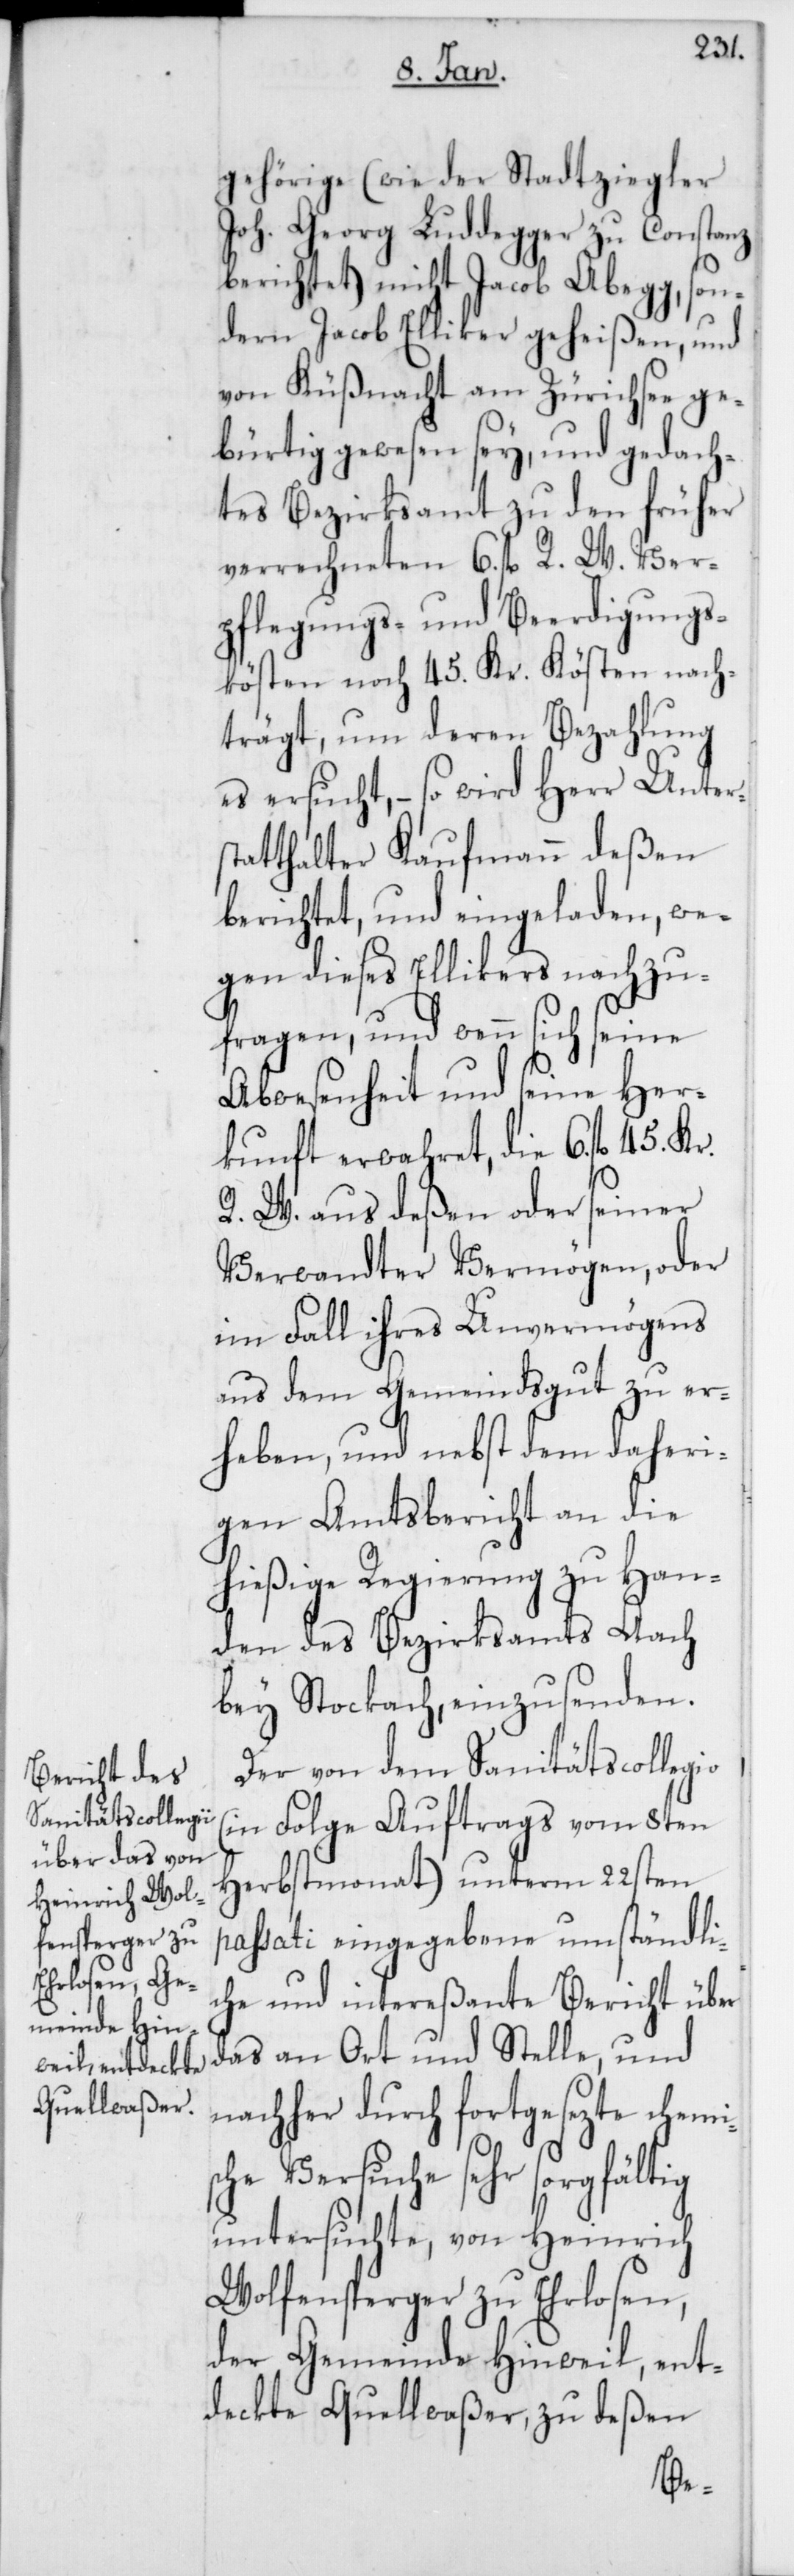
gehörige (wie der Stadtziegler
Joh. Georg Luddegger zu Konstanz
berichtet) nicht Jacob Abegg, son¬
dern Jacob Elliker geheißen, und
von Küßnacht am Zürichsee ge¬
bürtig gewesen sey, und gedach¬
tes Bezirksamt zu den früher
verrechneten 6. fl R. W. Ver¬
pflegungs- und Beerdigungs¬
kösten noch 45. Kr. Kösten nach¬
trägt, um deren Bezahlung
es ersucht, – so wird Herr Unter¬
statthalter Kaufmann deßen
berichtet und eingeladen, we¬
gen dieses Ellikers nachzu¬
fragen, und wenn sich seine
Abwesenheit und seine Her¬
kunft verwahret, die 6. fl 45. Kr.
R. W. aus deßen oder seiner
Verwandter Vermögen, oder
im Fall ihres Unvermögens
aus dem Gemeindsgut zu er¬
heben, und nebst dem daheri¬
gen Amtsbericht an die
hießige Regierung zu Han¬
den des Bezirksamts Aach
bey Stockach, einzusenden.
Der von dem Sanitätscollegio
(in Folge Auftrags vom 8ten
Herbstmonat) unterm 22sten
passati eingegebene umständli¬
che und intereßante Bericht über
das an Ort und Stelle, und
nachher durch fortgesezte chemis¬
che Versuche sehr sorgfältig
untersuchte, von Heinrich
Wolfensperger zu Erlosen
der Gemeinde Hinweil, ent¬
deckte Quellwaßer, zu deßen